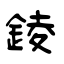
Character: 錂